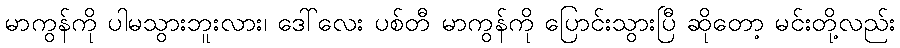
မာကွန်ကို ပါမသွားဘူးလား၊ ဒေါ်လေး ပစ်တီ မာကွန်ကို ပြောင်းသွားပြီ ဆိုတော့ မင်းတို့လည်း